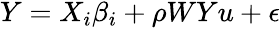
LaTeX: \begin{array}{r}{Y=X_{i}\beta_{i}+\rho WYu+\epsilon}\end{array}